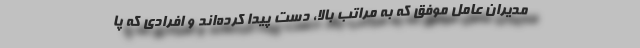
مدیران عامل موفق که به مراتب بالا، دست پیدا کرده‌اند و افرادی که پا